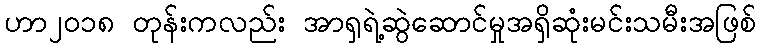
ဟာ၂၀၁၈ တုန်းကလည်း အာရှရဲ့ဆွဲဆောင်မှုအရှိဆုံးမင်းသမီးအဖြစ်